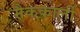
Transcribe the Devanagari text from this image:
मैककार्ली